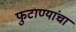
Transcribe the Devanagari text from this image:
फुटाण्यांचा